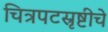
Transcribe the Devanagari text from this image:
चित्रपटस्रृष्टीचे